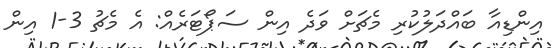
އިންޑިއާ ބައްދަލުކުރި މެޗަށް ވަދެ އިން ސަޕޯޓަރެއް: އެ މެޗު 3-1 އިން